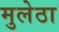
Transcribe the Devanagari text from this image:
मुलेठा